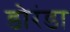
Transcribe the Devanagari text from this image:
डोरंडा